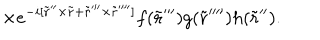
\times e ^ { - { i } [ \tilde { \bf r } ^ { \prime \prime } \times \tilde { \bf r } + \tilde { \bf r } ^ { \prime \prime \prime } \times \tilde { \bf r } ^ { \prime \prime \prime \prime } ] } f ( \tilde { \bf r } ^ { \prime \prime \prime } ) g ( \tilde { \bf r } ^ { \prime \prime \prime \prime } ) h ( \tilde { \bf r } ^ { \prime \prime } ) .